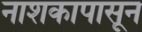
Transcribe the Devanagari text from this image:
नाशकापासून